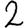
Digit: 2